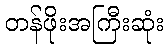
တန်ဖိုးအကြီးဆုံး